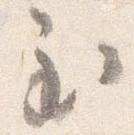
至